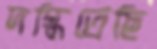
দগ্ধিতেছি